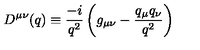
D ^ { \mu \nu } ( q ) \equiv { \frac { - i } { q ^ { 2 } } } \left( g _ { \mu \nu } - { \frac { q _ { \mu } q _ { \nu } } { q ^ { 2 } } } \right)